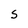
Character: S